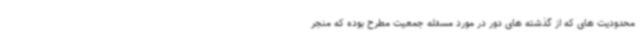
محدودیت های که از گذشته های دور در مورد مسئله جمعیت مطرح بوده که منجر